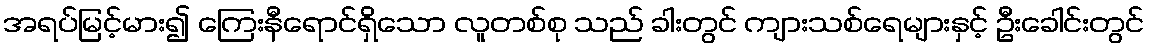
အရပ်မြင့်မား၍ ကြေးနီရောင်ရှိသော လူတစ်စု သည် ခါးတွင် ကျားသစ်ရေများနှင့် ဦးခေါင်းတွင်